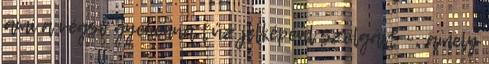
ami a végső gyehenna tűz jelképéül szolgált –, amely